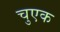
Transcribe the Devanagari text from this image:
चुएक